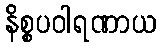
နိစ္စပဝါရဏာယ